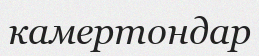
камертондар